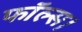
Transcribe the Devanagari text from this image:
फॉल्स।